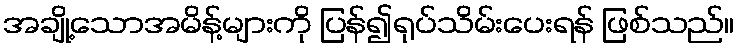
အချို့သောအမိန့်များကို ပြန်၍ရုပ်သိမ်းပေးရန် ဖြစ်သည်။